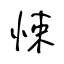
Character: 悚